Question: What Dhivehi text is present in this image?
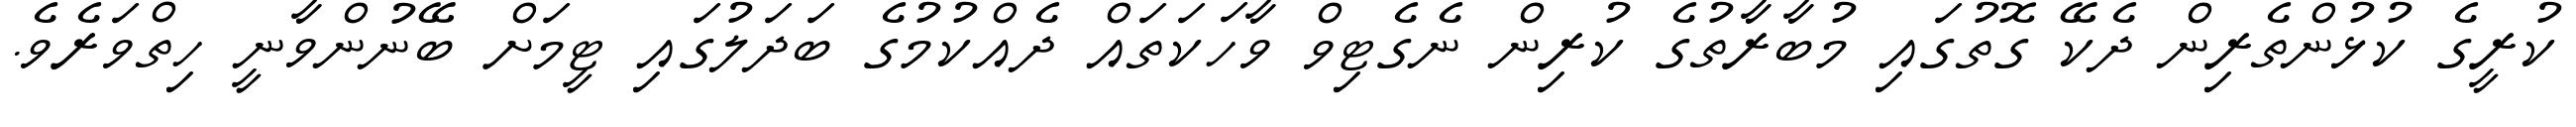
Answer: ކުރީގެ ކުޅުންތެރިން ދެކޭ ގޮތުގައި މުބާރާތުގެ ކުރިން ނެގެޓިވް ވާހަކަތައް ދެއްކުމުގެ ބަދަލުގައި ޓީމަށް ބޭނުންވާނީ ހިތްވަރެވެ.